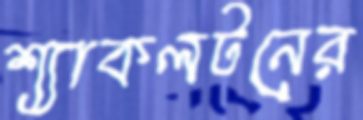
শ্যাকলটনের